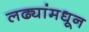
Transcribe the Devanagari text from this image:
लढ्यांमधून